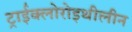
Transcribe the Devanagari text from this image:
ट्राईक्लोरोइथीलीन